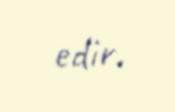
edir.